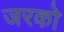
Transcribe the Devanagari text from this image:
जरको